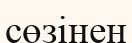
сөзінен